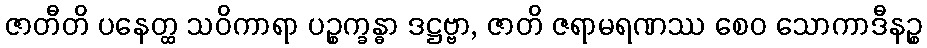
ဇာတီတိ ပနေတ္ထ သဝိကာရာ ပဉ္စက္ခန္ဓာ ဒဋ္ဌဗ္ဗာ, ဇာတိ ဇရာမရဏဿ စေဝ သောကာဒီနဉ္စ